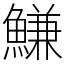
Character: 鰜